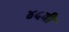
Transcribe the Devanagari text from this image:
४५बी